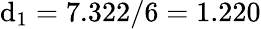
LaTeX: \mathrm{d}_{1}=7.322/6=1.220